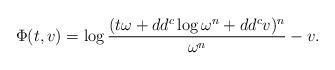
LaTeX: \begin{align*} \Phi (t, v) = \log \frac{(t \omega + dd^c \log \omega^n + dd^c v)^n}{\omega^n} - v. \end{align*}